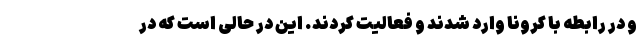
و در رابطه با کرونا وارد شدند و فعالیت کردند. این در حالی است که در